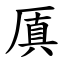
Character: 厧